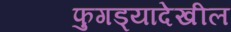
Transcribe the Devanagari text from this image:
फुगड्यादेखील